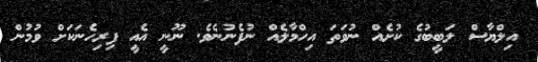
އިލްޔާސް ލަބީބުގެ ކުށެއް ނުވަތަ އިހްމާލެއް ނުފެނުނެވެ. ނޫނީ އެއީ ފިރިހެނަކަށް ވުމުން